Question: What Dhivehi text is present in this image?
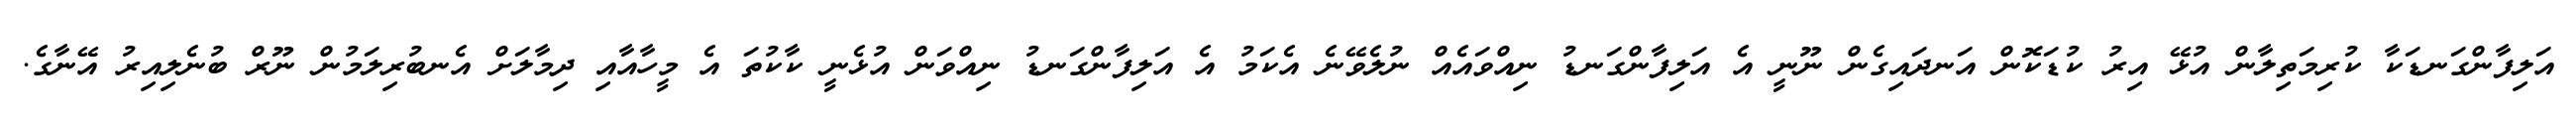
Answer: އަލިފާންގަނޑަކާ ކުރިމަތިލާން އުޅޭ އިރު ކުޑަކޮން އަނދައިގެން ނޫނީ އެ އަލިފާންގަނޑު ނިއްވައެއް ނުލެވޭނެ އެކަމު އެ އަލިފާންގަނޑު ނިއްވަން އުޅެނީ ކާކުތަ އެ މީހާއާއި ދިމާލަށް އެނބުރިލަމުން ނޫރް ބުނެލިއިރު އޭނާގެ.